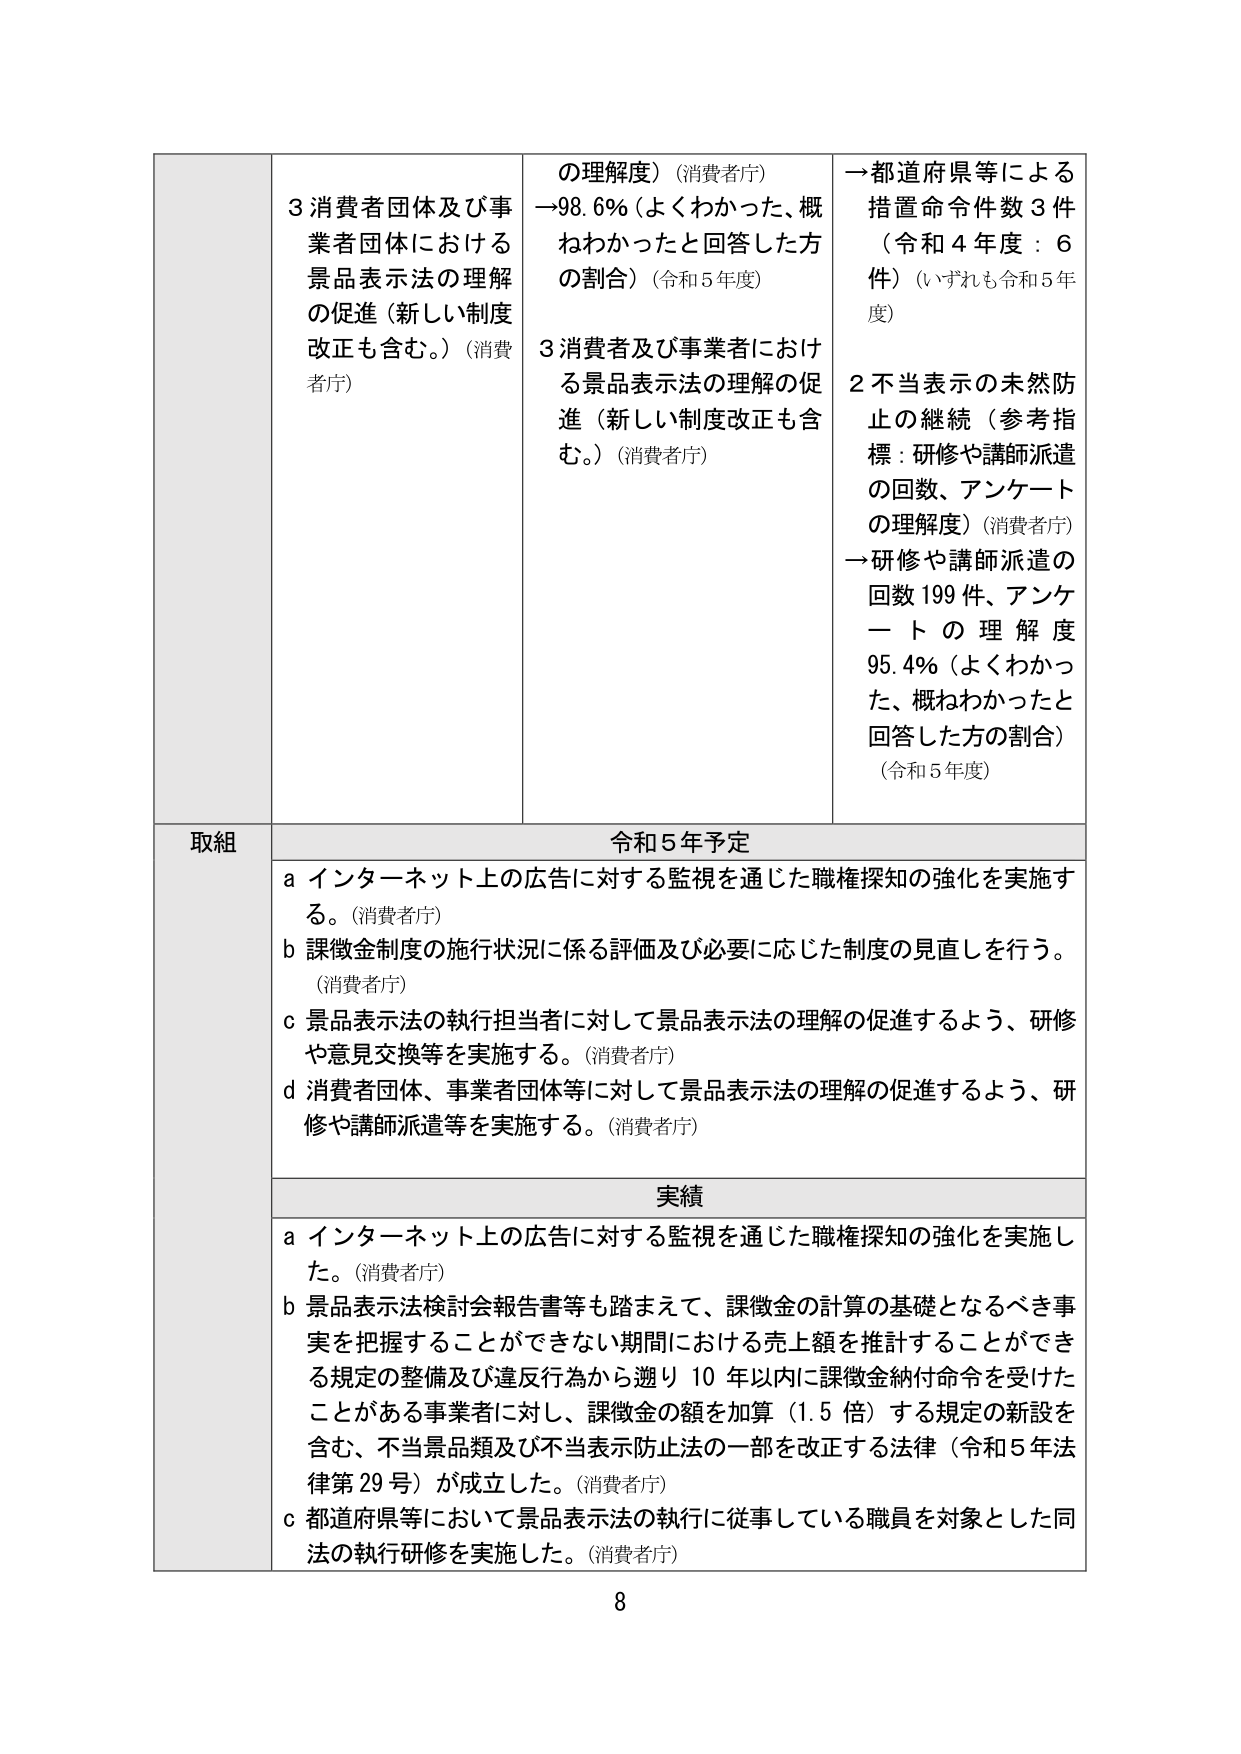
3 消費者団体及び事業者団体における景品表示法の理解の促進（新しい制度改正も含む。）（消費者庁）
の理解度）（消費者庁）
→98.6%（よくわかった、概ねわかったと回答した方の割合）（令和5年度）
3 消費者及び事業者における景品表示法の理解の促進（新しい制度改正も含む。）（消費者庁）
→都道府県等による措置命令件数3件（令和4年度：6件）（いずれも令和5年度）
2 不当表示の未然防止の継続（参考指標：研修や講師派遣の回数、アンケートの理解度）（消費者庁）
→研修や講師派遣の回数199件、アンケートの理解度95.4%（よくわかった、概ねわかったと回答した方の割合）（令和5年度）

取組
令和5年予定
a インターネット上の広告に対する監視を通じた職権探知の強化を実施する。（消費者庁）
b 課徴金制度の施行状況に係る評価及び必要に応じた制度の見直しを行う。（消費者庁）
c 景品表示法の執行担当者に対して景品表示法の理解の促進するよう、研修や意見交換等を実施する。（消費者庁）
d 消費者団体、事業者団体等に対して景品表示法の理解の促進するよう、研修や講師派遣等を実施する。（消費者庁）

実績
a インターネット上の広告に対する監視を通じた職権探知の強化を実施した。（消費者庁）
b 景品表示法検討会報告書等も踏まえて、課徴金の計算の基礎となるべき事実を把握することができない期間における売上額を推計することができる規定の整備及び違反行為から遡り10年以内に課徴金納付命令を受けたことがある事業者に対し、課徴金の額を加算（1.5倍）する規定の新設を含む、不当景品類及び不当表示防止法の一部を改正する法律（令和5年法律第29号）が成立した。（消費者庁）
c 都道府県等において景品表示法の執行に従事している職員を対象とした同法の執行研修を実施した。（消費者庁）

8